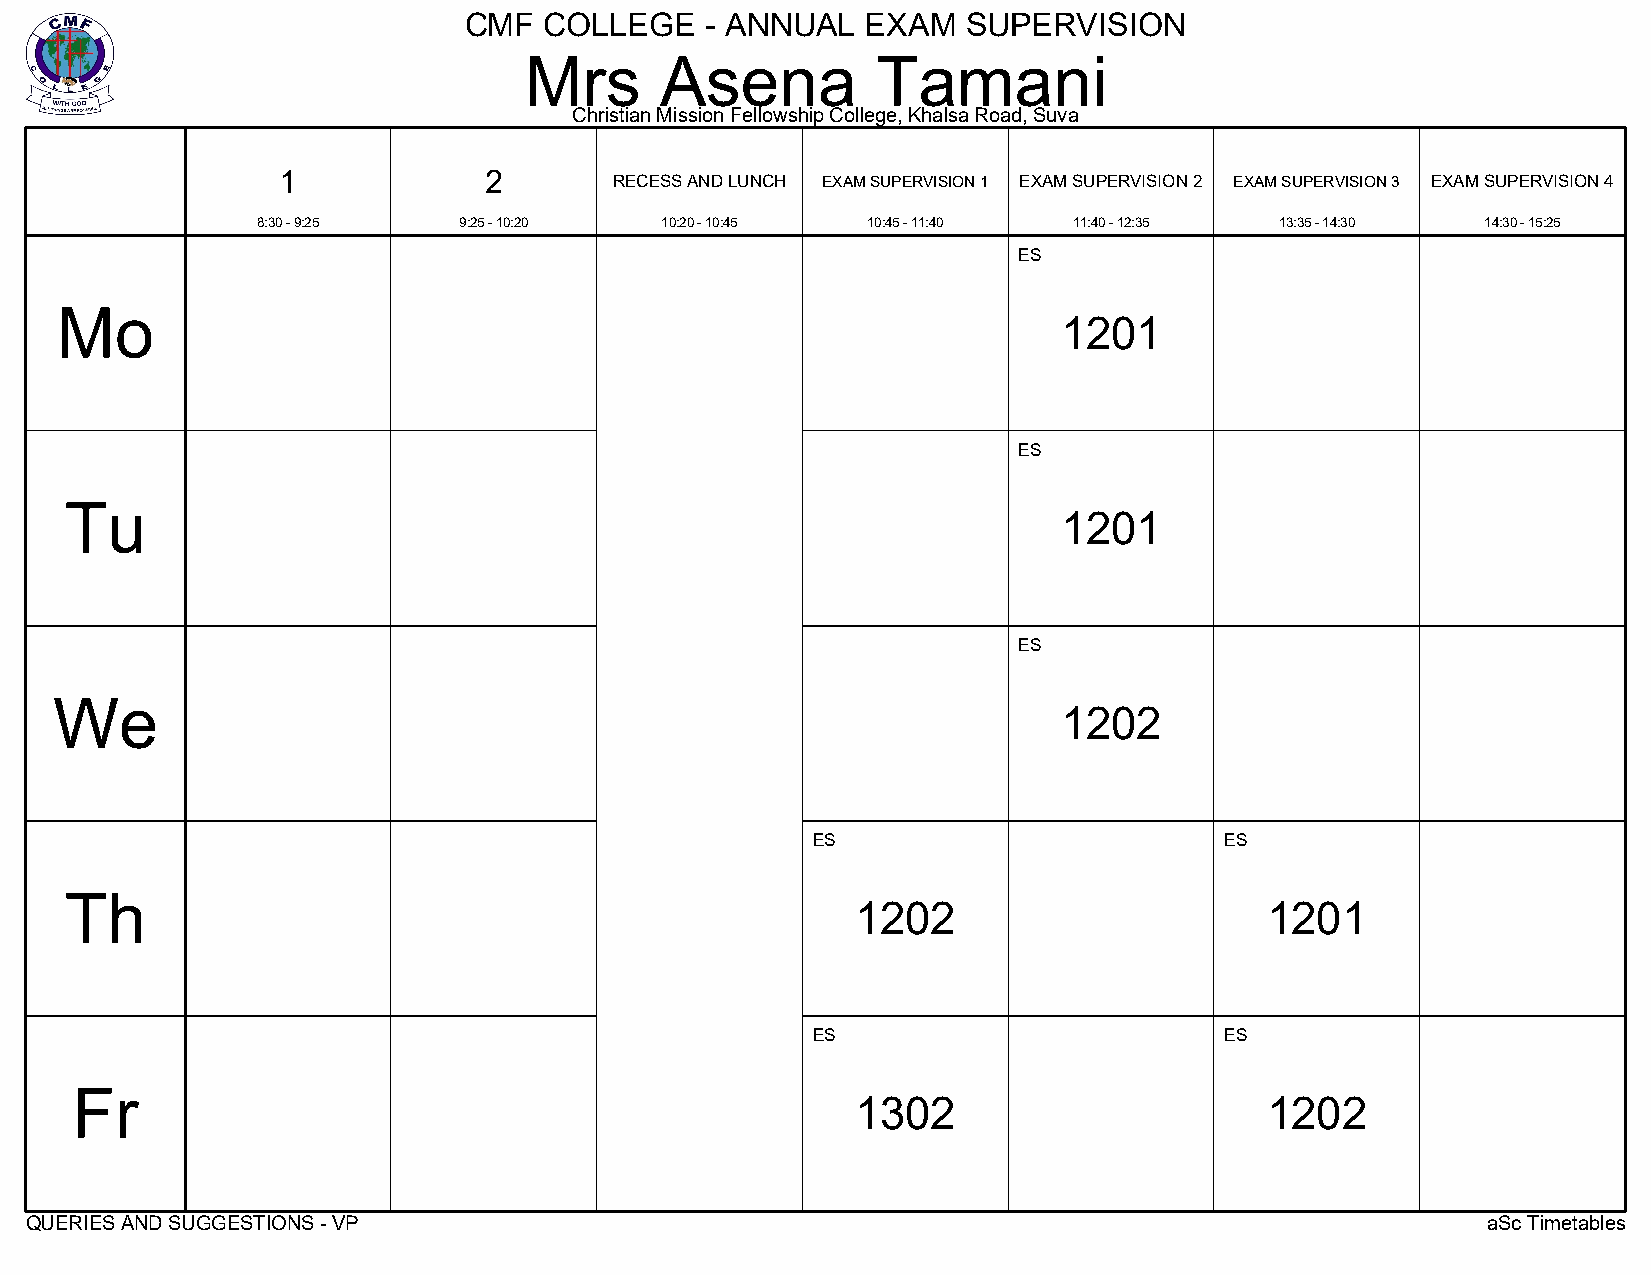
CMF  COLLEGE    - ANNUAL  EXAM   SUPERVISION
 Mrs      Asena         Tamani
 Christian Mission Fellowship College, Khalsa Road, Suva
 1             2
 RECESS AND LUNCH EXAM SUPERVISION 1 EXAM SUPERVISION 2 EXAM SUPERVISION 3 EXAM SUPERVISION 4
 8:30 - 9:25  9:25 - 10:20  10:20 - 10:45 10:45 - 11:40 11:40 - 12:35 13:35 - 14:30 14:30 - 15:25
 ES
 Mo
 1201
 ES
 Tu
 1201
 ES
 We
 1202
 ES                         ES
 Th
 1202                       1201
 ES                         ES
 Fr
 1302                       1202
 QUERIES AND SUGGESTIONS - VP                                                                    aSc Timetables